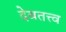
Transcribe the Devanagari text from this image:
देवतत्त्व